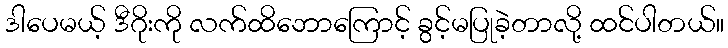
ဒါပေမယ့် ဒီဂိုးကို လက်ထိဘောကြောင့် ခွင့်မပြုခဲ့တာလို့ ထင်ပါတယ်။